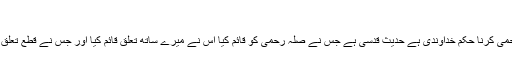
تاریخ اشاعت: 29 مارچ 2011ء
اپنے رشتے داروں کے ساتھ صلہ رحمی کرنا حکم خداوندی ہے حدیث قدسی ہے جس نے صلہ رحمی کو قائم کیا اس نے میرے ساتھ تعلق قائم کیا اور جس نے قطع تعلق کیا اس نے میرے ساتھ تعلق توڑ دیا۔